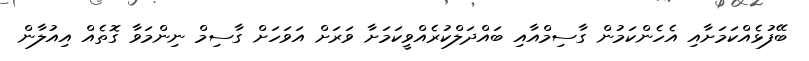
ބޭފުޅެއްކަމަށާއި އެހެންކަމުން ގާސިމްއާއި ބައްދަލްކުރެއްވީކަމަށާ ވަރަށް އަވަހަށް ގާސިމް ނިންމަވާ ގޮތެއް އިއުލާން